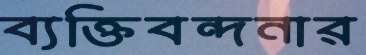
ব্যক্তিবন্দনার